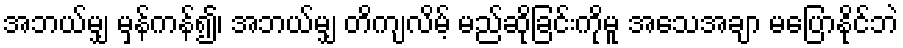
အဘယ်မျှ မှန်ကန်၍၊ အဘယ်မျှ တိကျလိမ့် မည်ဆိုခြင်းကိုမူ အသေအချာ မပြောနိုင်ဘဲ